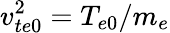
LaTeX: v_{te0}^{2}=T_{e0}/m_{e}